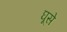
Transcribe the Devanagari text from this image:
घूसे